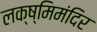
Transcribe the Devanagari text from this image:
लक्ष्मिमंदिर